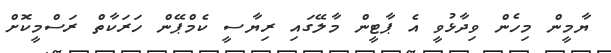
ޔާމީން މިހެން ވިދާޅުވީ އެ ޕާޓީން މާލޭގައި ރިޔާސީ ކެމްޕޭން ހަރަކާތް ރަސްމީކޮށް